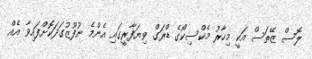
ލޮސް ޒޭތަސް އަކީ މިހާރު މެކްސިކޯގެ ޑްރަގް ވިޔަފާރީގައި އެންމެ ނުފޫޒުގަދަކޮށްފައިވާ އެއް